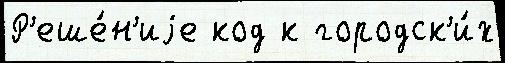
Р'еше́н'иjе код к городск'и́х